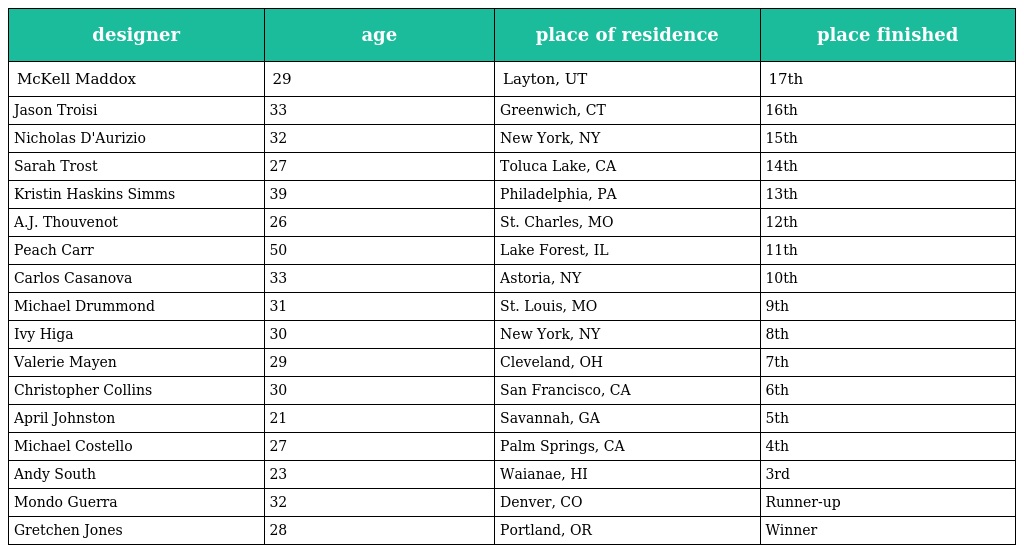
| designer | age | place of residence | place finished |
 | --- | --- | --- | --- |
 | McKell Maddox | 29 | Layton, UT | 17th |
 | Jason Troisi | 33 | Greenwich, CT | 16th |
 | Nicholas D'Aurizio | 32 | New York, NY | 15th |
 | Sarah Trost | 27 | Toluca Lake, CA | 14th |
 | Kristin Haskins Simms | 39 | Philadelphia, PA | 13th |
 | A.J. Thouvenot | 26 | St. Charles, MO | 12th |
 | Peach Carr | 50 | Lake Forest, IL | 11th |
 | Carlos Casanova | 33 | Astoria, NY | 10th |
 | Michael Drummond | 31 | St. Louis, MO | 9th |
 | Ivy Higa | 30 | New York, NY | 8th |
 | Valerie Mayen | 29 | Cleveland, OH | 7th |
 | Christopher Collins | 30 | San Francisco, CA | 6th |
 | April Johnston | 21 | Savannah, GA | 5th |
 | Michael Costello | 27 | Palm Springs, CA | 4th |
 | Andy South | 23 | Waianae, HI | 3rd |
 | Mondo Guerra | 32 | Denver, CO | Runner-up |
 | Gretchen Jones | 28 | Portland, OR | Winner |